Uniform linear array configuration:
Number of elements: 48
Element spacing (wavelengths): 0.75
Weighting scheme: hamming
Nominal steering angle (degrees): -45
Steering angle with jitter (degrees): -46.78
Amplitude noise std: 0.05
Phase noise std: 0.05

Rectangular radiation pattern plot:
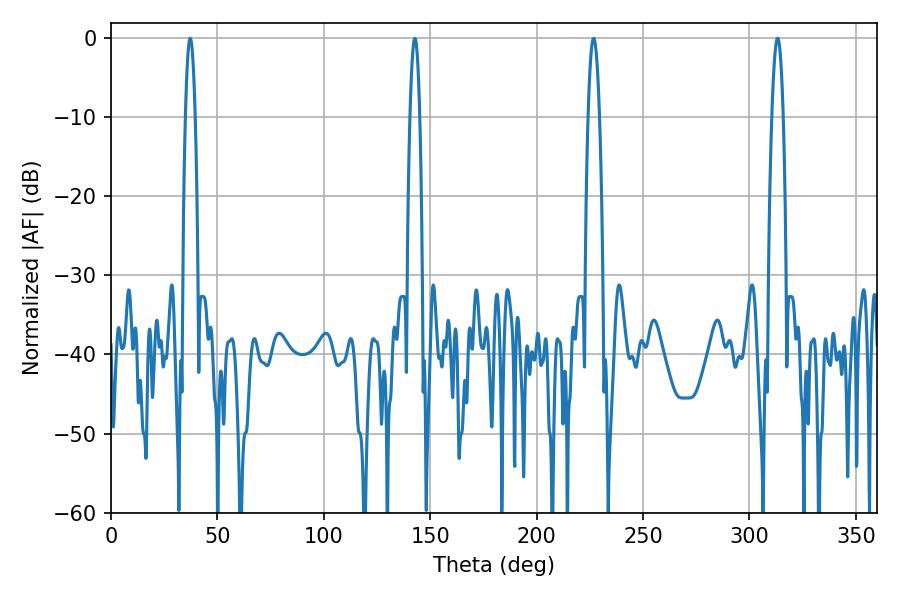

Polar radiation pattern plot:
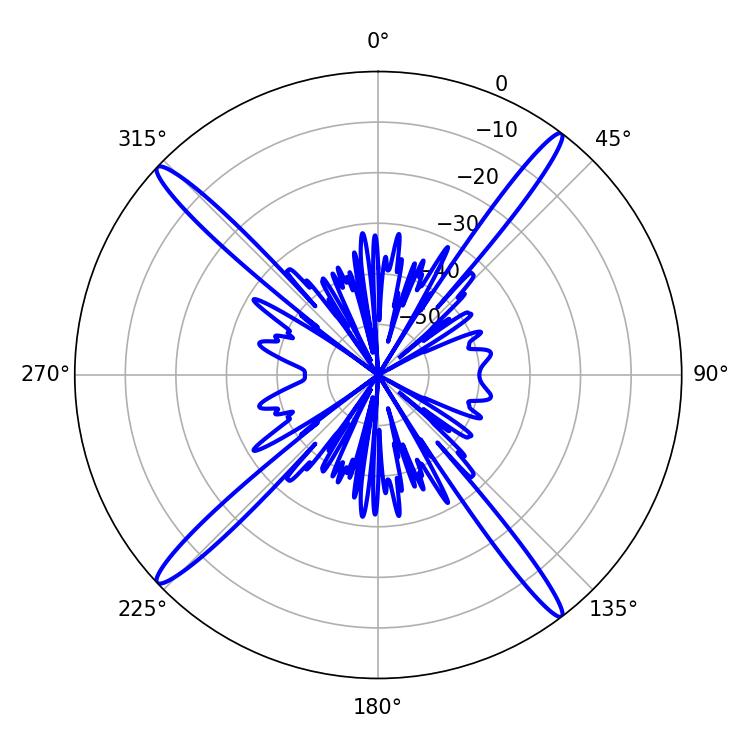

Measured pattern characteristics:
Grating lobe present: TRUE
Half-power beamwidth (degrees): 2.88
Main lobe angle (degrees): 226.8